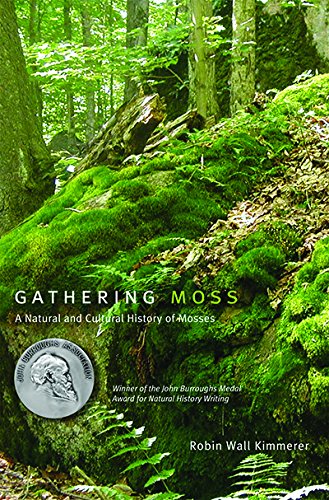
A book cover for Gathering Moss: A Natural and Cultural History of Mosses; Robin Wall Kimmerer; Science & Math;